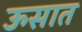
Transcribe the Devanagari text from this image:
ऊसात